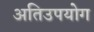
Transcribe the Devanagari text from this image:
अतिउपयोग